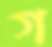
গ